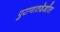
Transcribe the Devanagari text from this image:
पुराणातदेखील